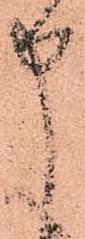
申